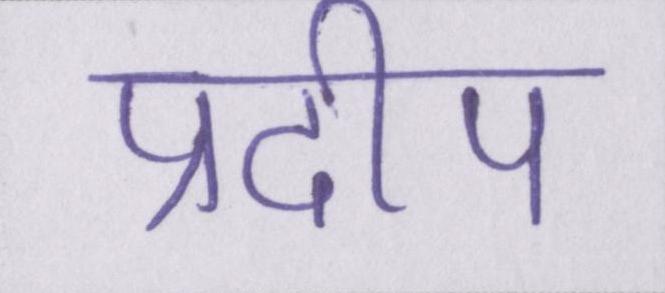
प्रदीप